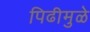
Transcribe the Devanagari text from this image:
पिढीमुळे